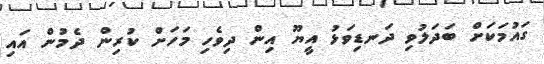
ގައުމަކަށް ބަދަލުވި ދަނޑިވަޅު އީޔޫ އިން ދިވެހި މަހަށް ކުރިން ދެމުން އައި